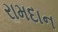
રામદાન